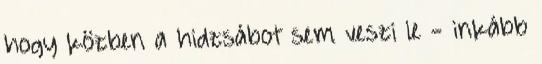
hogy közben a hidzsábot sem veszi le - inkább